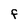
Character: f